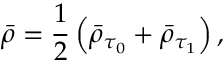
\bar { \rho } = \frac { 1 } { 2 } \left( \bar { \rho } _ { \tau _ { 0 } } + \bar { \rho } _ { \tau _ { 1 } } \right) ,